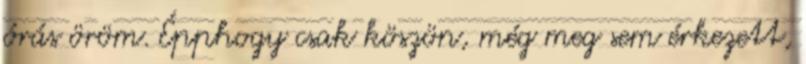
órás öröm. Épphogy csak köszön, még meg sem érkezett,